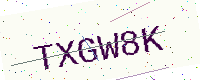
Text: TXGW8K